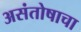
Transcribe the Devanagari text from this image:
असंतोषाचा